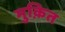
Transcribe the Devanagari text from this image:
मुक़ित